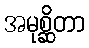
အမုစ္ဆိတာ